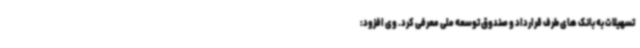
تسهیلات به بانک های طرف قرارداد و صندوق توسعه ملی معرفی کرد. وی افزود: